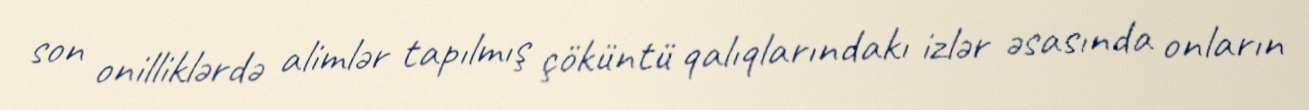
son onilliklərdə alimlər tapılmış çöküntü qalıqlarındakı izlər əsasında onların